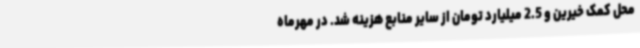
محل کمک خیرین و 2.5 میلیارد تومان از سایر منابع هزینه شد. در مهرماه